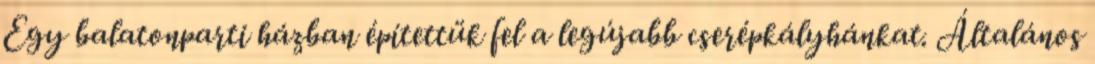
Egy balatonparti házban építettük fel a legújabb cserépkályhánkat. Általános